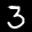
Label: 3